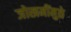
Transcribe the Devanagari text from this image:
जोखमींमुळे